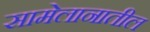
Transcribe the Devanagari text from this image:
सामेलानातील